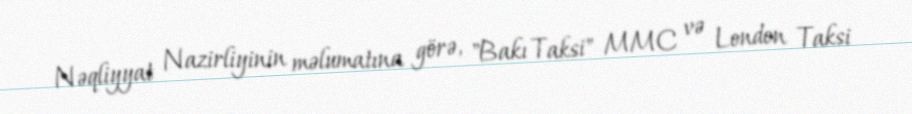
Nəqliyyat Nazirliyinin məlumatına görə, "Bakı Taksi" MMC və London Taksi